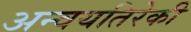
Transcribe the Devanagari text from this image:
अन्वयतिरेकी